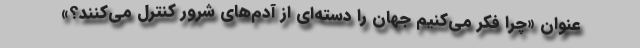
عنوان «چرا فکر می‌کنیم جهان را دسته‌ای از آدم‌های شرور کنترل می‌کنند؟»